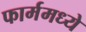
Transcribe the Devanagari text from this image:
फार्ममध्ये